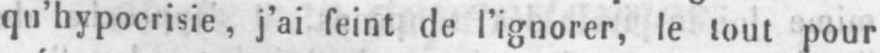
qu’hypocrisie, j’ai feint de l’ignorer, le tout pour